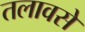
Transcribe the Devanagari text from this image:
तलावसे